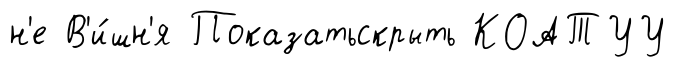
н'е В'и́шн'я Показатьскрыть КОАТУУ